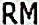
RM